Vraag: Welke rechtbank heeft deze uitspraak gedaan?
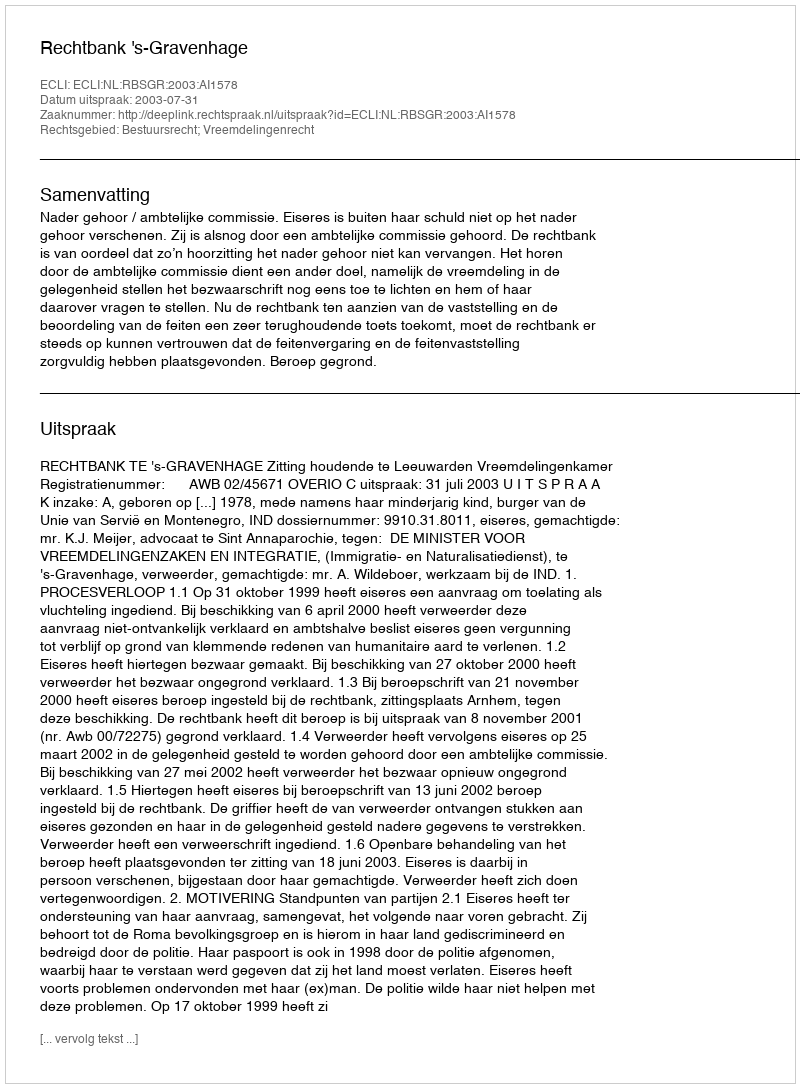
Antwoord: Rechtbank 's-Gravenhage